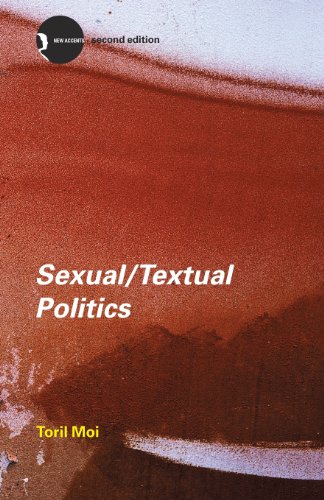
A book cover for Sexual/Textual Politics: Feminist Literary Theory; Toril Moi; Literature & Fiction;